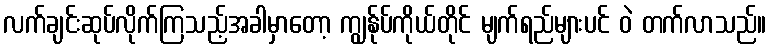
လက်ချင်းဆုပ်လိုက်ကြသည့်အခါမှာတော့ ကျွန်ုပ်ကိုယ်တိုင် မျက်ရည်များပင် ဝဲ တက်လာသည်။